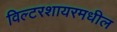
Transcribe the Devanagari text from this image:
विल्टरशायरमधील